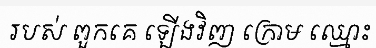
របស់ ពួកគេ ឡើងវិញ ក្រោម ឈ្មោះ